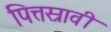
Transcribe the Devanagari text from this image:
पित्तस्रावी